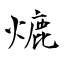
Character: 熝